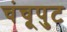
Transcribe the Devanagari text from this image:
चंचूपुट